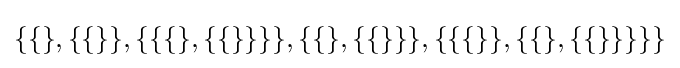
\{\{\},\{\{\}\},\{\{\{\},\{\{\}\}\}\},\{\{\},\{\{\}\}\},\{\{\{\}\},\{\{\},\{\{\}\}\}\}\}